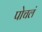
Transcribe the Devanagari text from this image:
पोचलं